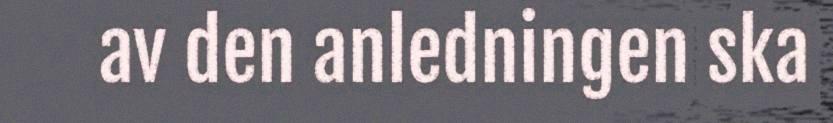
av den anledningen ska